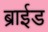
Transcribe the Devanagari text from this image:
ब्राईड